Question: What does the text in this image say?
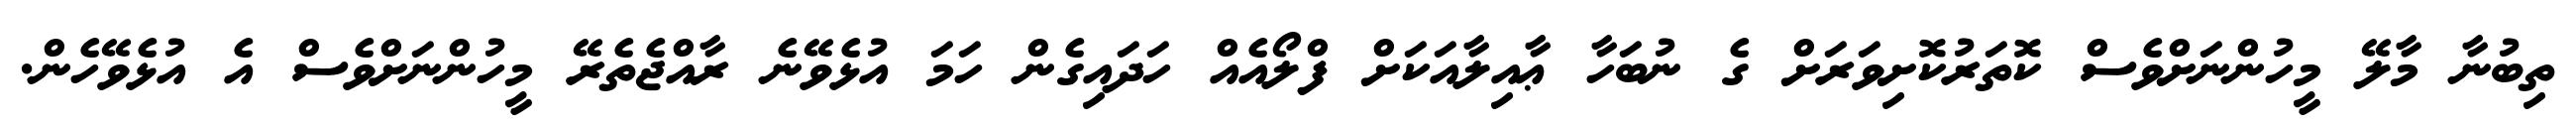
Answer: ތިބުނާ މާލޭ މީހުންނަށްވެސް ކޮތަރުކޮށިވަރަށް ގެ ނުބަހާ ޢާއިލާއަކަށް ފްލޯއެއް ހަދައިގެން ހަމަ އުޅެވޭނެ ރާއްޖެތެރޭ މީހުންނަށްވެސް އެ އުޅެވޭހެން.